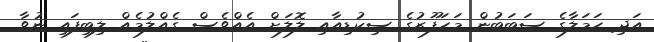
އަދި ހަމަލާގެ ސަބަބުން މަހަފޫޒުގެ ސިކުޑިއާއި ލޮލަށް އެއްވެސް ގެއްލުމެއް ލިބިފައި ނުވާ